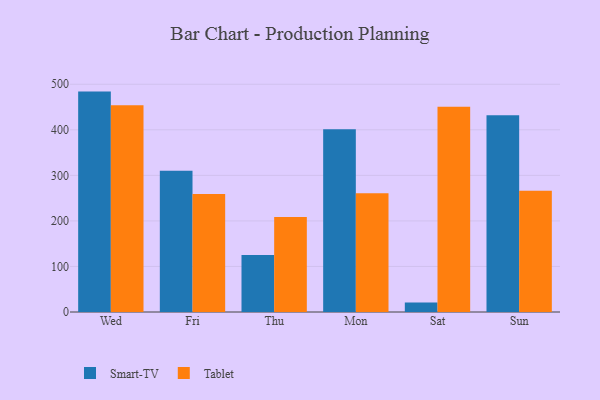
{"axis": {"x": "Day", "y": "Satisfaction Score"}, "legend": ["Smart-TV", "Tablet"], "data": [{"x": "Wed", "y": 483.9, "type": "Smart-TV"}, {"x": "Wed", "y": 454.0, "type": "Tablet"}, {"x": "Fri", "y": 310.2, "type": "Smart-TV"}, {"x": "Fri", "y": 259.0, "type": "Tablet"}, {"x": "Thu", "y": 125.2, "type": "Smart-TV"}, {"x": "Thu", "y": 208.4, "type": "Tablet"}, {"x": "Mon", "y": 401.4, "type": "Smart-TV"}, {"x": "Mon", "y": 260.6, "type": "Tablet"}, {"x": "Sat", "y": 20.6, "type": "Smart-TV"}, {"x": "Sat", "y": 450.4, "type": "Tablet"}, {"x": "Sun", "y": 432.2, "type": "Smart-TV"}, {"x": "Sun", "y": 266.0, "type": "Tablet"}]}